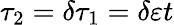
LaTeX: \tau_{2}=\delta\tau_{1}=\delta\varepsilon t